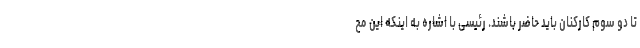
تا دو سوم کارکنان باید حاضر باشند. رئیسی با اشاره به اینکه این مح